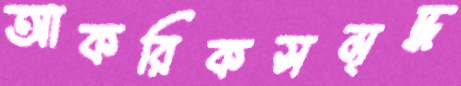
আকরিকসমৃদ্ধ